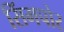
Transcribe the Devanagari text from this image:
सिंगपोर